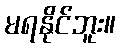
မရနိုင်ဘူး။